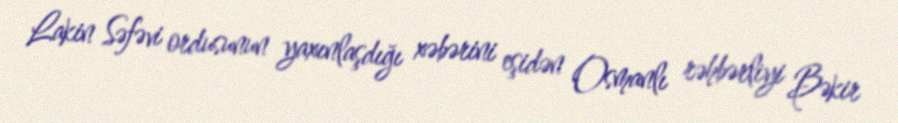
Lakin Səfəvi ordusunun yaxınlaşdığı xəbərini eşidən Osmanlı rəhbərliyi Bəkir